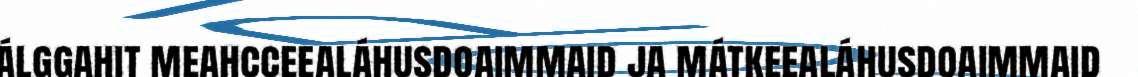
álggahit meahcceealáhusdoaimmaid ja mátkeealáhusdoaimmaid